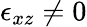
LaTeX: \epsilon_{xz}\neq 0